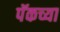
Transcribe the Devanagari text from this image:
पॅकच्या